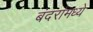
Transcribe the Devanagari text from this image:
बंदरांमध्ये